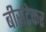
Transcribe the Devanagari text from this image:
बीर्सटेकर